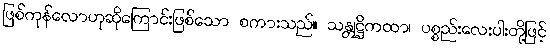
ဖြစ်ကုန်လောဟုဆိုကြောင်းဖြစ်သော စကားသည်။ သန္တုဋ္ဌိကထာ၊ ပစ္စည်းလေးပါးတို့ဖြင့်